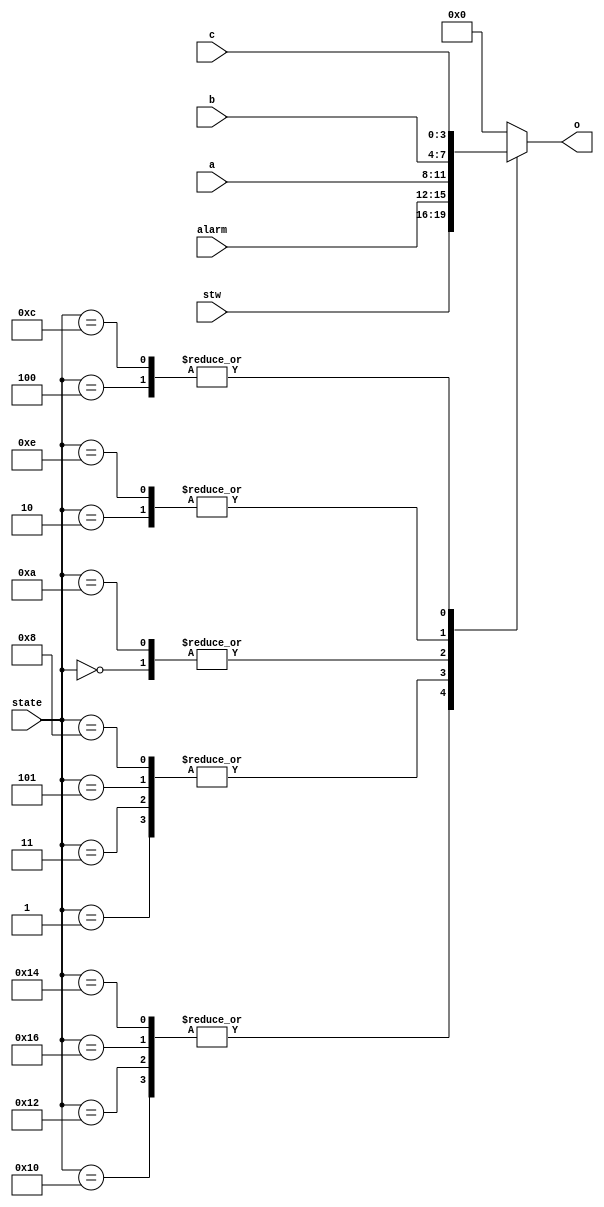
module select_5to1(
    input [4:0] state,
    input [3:0] a,
    input [3:0] b,
    input [3:0] c,
    input [3:0] stw,
    input [3:0] alarm,
    output [3:0] o
    );
    
reg [3:0] o;
    
always @*
begin
    case(state)
        5'b00000: o <= a;
        5'b00001: o <= alarm;
        5'b00010: o <= b;
        5'b00011: o <= alarm;
        5'b00100: o <= c;
        5'b00101: o <= alarm;
        
        5'b10000: o <= stw;
        5'b10010: o <= stw;
        5'b10110: o <= stw;
        5'b10100: o <= stw;
        
        5'b01000: o <= alarm;
        5'b01010: o <= a;
        5'b01110: o <= b;
        5'b01100: o <= c;
        
        default: o <= 4'd0;
    endcase 
end

endmodule